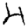
Digit: 4